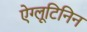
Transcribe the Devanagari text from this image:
ऐग्लूटिनिन